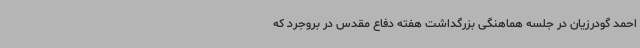
احمد گودرزیان در جلسه هماهنگی بزرگداشت هفته دفاع مقدس در بروجرد که